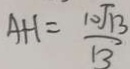
A H = \frac { 1 0 \sqrt { 1 3 } } { 1 3 }